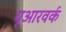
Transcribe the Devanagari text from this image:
यूआरवर्क